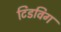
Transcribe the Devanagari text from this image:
टिडविग